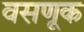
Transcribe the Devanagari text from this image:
वसणूक